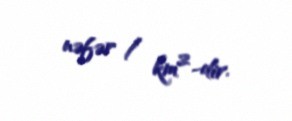
nəfər / km²-dir.